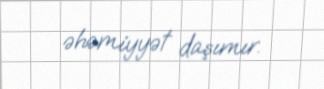
əhəmiyyət daşımır.